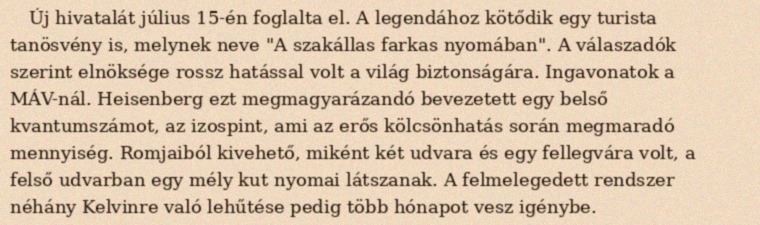
Új hivatalát július 15-én foglalta el. A legendához kötődik egy turista tanösvény is, melynek neve "A szakállas farkas nyomában". A válaszadók szerint elnöksége rossz hatással volt a világ biztonságára. Ingavonatok a MÁV-nál. Heisenberg ezt megmagyarázandó bevezetett egy belső kvantumszámot, az izospint, ami az erős kölcsönhatás során megmaradó mennyiség. Romjaiból kivehető, miként két udvara és egy fellegvára volt, a felső udvarban egy mély kut nyomai látszanak. A felmelegedett rendszer néhány Kelvinre való lehűtése pedig több hónapot vesz igénybe.